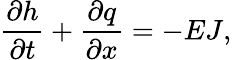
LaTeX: \frac{\partial h}{\partial t}+\frac{\partial q}{\partial x}=-EJ,